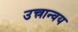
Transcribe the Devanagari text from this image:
उत्त्रान्वय